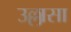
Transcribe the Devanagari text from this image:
उल्लासा